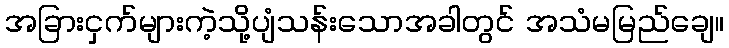
အခြားငှက်များကဲ့သို့ပျံသန်းသောအခါတွင် အသံမမြည်ချေ။